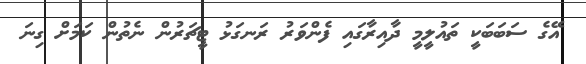
އޭގެ ސަބަބަކީ ތައުލީމީ ދާއިރާގައި ފެންވަރު ރަނގަޅު ޓީޗަރުން ނެތުން ކަމަށް ގިނަ